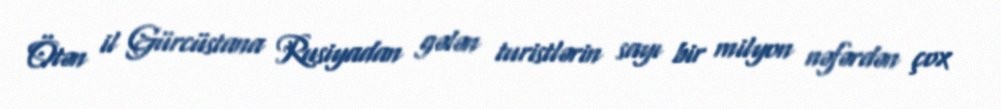
Ötən il Gürcüstana Rusiyadan gələn turistlərin sayı bir milyon nəfərdən çox